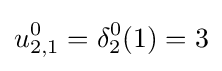
u_{2,1}^{0}=\delta _{2}^{0}(1)=3